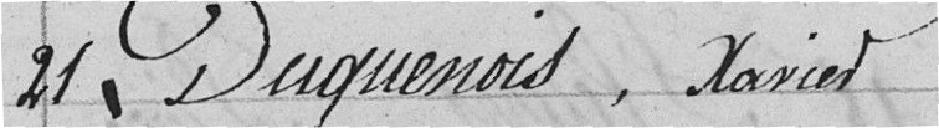
21 Duquesnois, Xavier